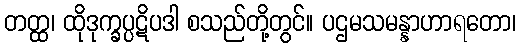
တတ္ထ၊ ထိုဒုက္ခပ္ပဋိပဒါ စသည်တို့တွင်။ ပဌမသမန္နာဟာရတော၊